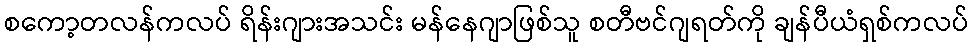
စကော့တလန်ကလပ် ရိန်းဂျားအသင်း မန်နေဂျာဖြစ်သူ စတီဗင်ဂျရတ်ကို ချန်ပီယံရှစ်ကလပ်